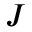
J